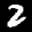
Digit: 2